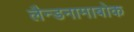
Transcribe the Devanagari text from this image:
लैन्डनामाबोक